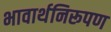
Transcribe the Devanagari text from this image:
भावार्थनिरूपण